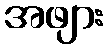
အဖျား